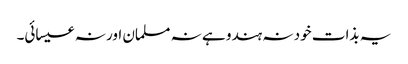
یہ بذات خود نہ ہندو ہے نہ مسلمان اور نہ عیسائی۔